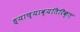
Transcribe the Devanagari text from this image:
ह्याच्याव्यतिरिक्त